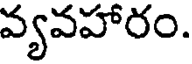
వ్యవహారం.